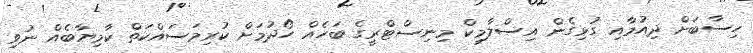
ހިސާބަށް ދިއުމާއި ގުޅިގެން އިސްލާމިކް މިނިސްޓްރީގެ ބަހެއް ހޯދުމަށް ކުރިމަސައްކަތް ކާމިޔާބެއް ނުވި